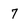
Character: 7